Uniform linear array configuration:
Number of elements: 8
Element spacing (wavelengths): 0.25
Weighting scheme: uniform
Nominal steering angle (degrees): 15
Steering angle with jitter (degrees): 16.487
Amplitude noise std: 0.05
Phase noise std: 0.05

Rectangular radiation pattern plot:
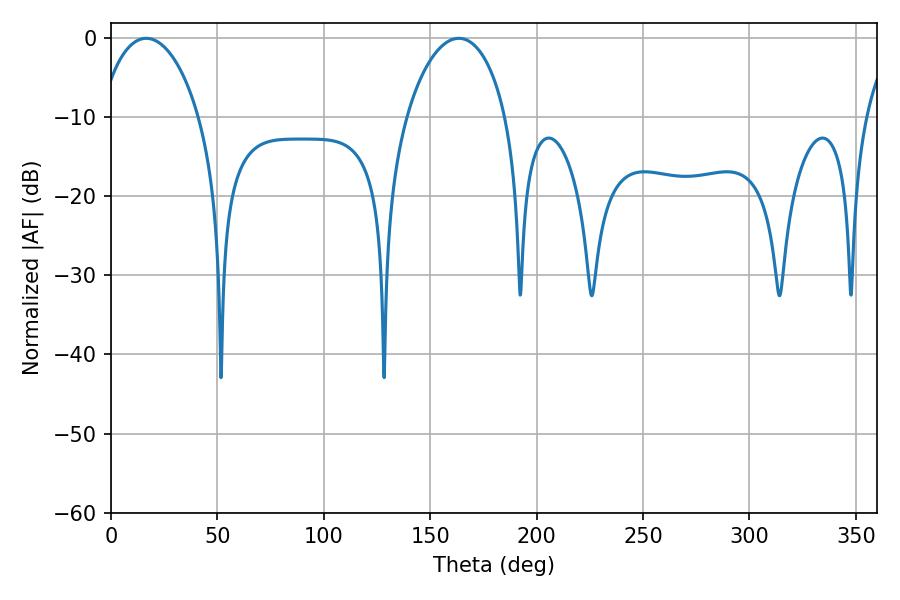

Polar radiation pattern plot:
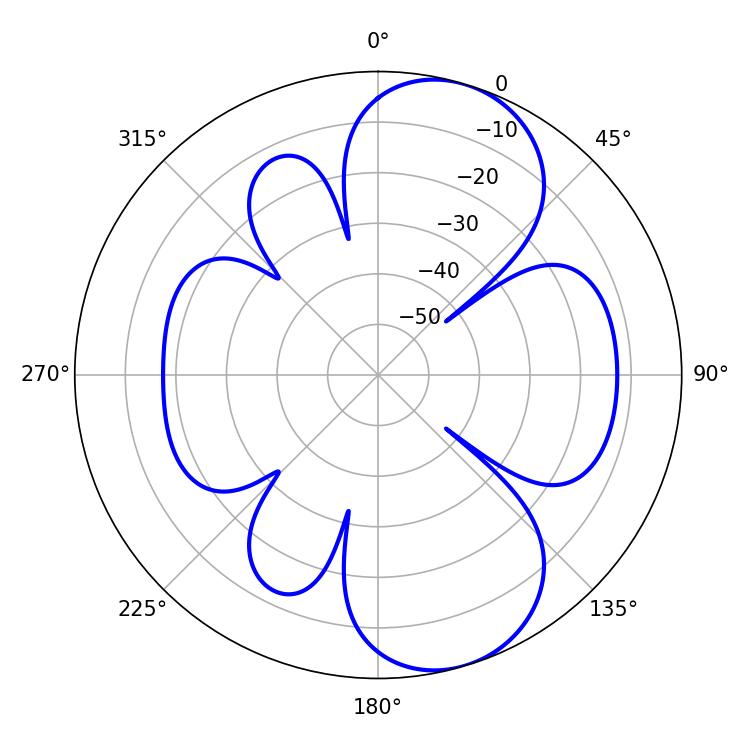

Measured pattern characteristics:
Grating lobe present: FALSE
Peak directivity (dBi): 8.289
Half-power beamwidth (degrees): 26.82
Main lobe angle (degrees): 16.56